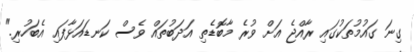
ގިނަ ގައުމުތަކުގައި ރާއްޖެ އަށް ވުރެ މާބޮޑެތި އަދަބުތައް ވެސް ކަނޑައަޅާފައި އެބަހުރި."